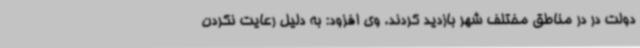
دولت در در مناطق مختلف شهر بازدید کردند. وی افزود: به دلیل رعایت نکردن